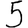
Digit: 5